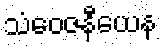
သံဝေဇနီယေန